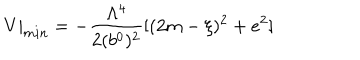
V | _ { m i n } = - { \frac { \Lambda ^ { 4 } } { 2 ( b ^ { 0 } ) ^ { 2 } } } [ ( 2 m - \xi ) ^ { 2 } + e ^ { 2 } ]